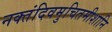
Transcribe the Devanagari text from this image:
नक्तंदिवमुचितमीशानि